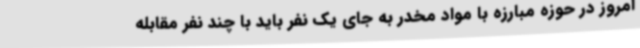
امروز در حوزه مبارزه با مواد مخدر به جای یک نفر باید با چند نفر مقابله